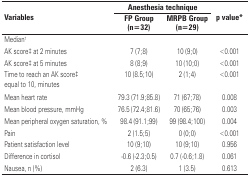
| <ROWSPAN=2> Variables | <COLSPAN=2> Anesthesia technique | <ROWSPAN=2> p value* |
 | FP Group (n=32) | MRPB Group (n=29) |
 | --- | --- | --- | --- |
 | <COLSPAN=4> Median† |
 | AK score‡ at 2 minutes | 7 (7;8) | 10 (9;0) | <0.001 |
 | AK score‡ at 5 minutes | 8 (8;9) | 10 (10;0) | <0.001 |
 | Time to reach an AK score‡ equal to 10, minutes | 10 (8.5;10) | 2 (1;4) | <0.001 |
 | Mean heart rate | 79.3 (71.9;85.8) | 71 (67;78) | 0.008 |
 | Mean blood pressure, mmHg | 76.5 (72.4;81.6) | 70 (65;76) | 0.003 |
 | Mean peripheral oxygen saturation, % | 98.4 (91.1;99) | 99 (98.4;100) | 0.004 |
 | Pain | 2 (1.5;5) | 0 (0;0) | <0.001 |
 | Patient satisfaction level | 10 (9;10) | 10 (9;10) | 0.956 |
 | Difference in cortisol | -0.6 (-2.3;0.5) | 0.7 (-0.6;1.8) | 0.061 |
 | Nausea, n (%) | 2 (6.3) | 1 (3.5) | 0.613 |